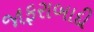
જાફરાબાદી